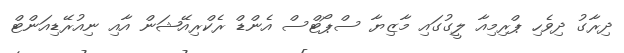
ދިރާގު ދިވެހި ޕްރިމިއާ ލީގުގައި މާޒިޔާ ސްޕޯޓްސް އެންޑް ރެކްރިއޭޝަން އާއި ނިއުރޭޑިއަންޓް